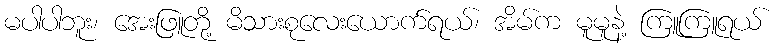
မပါပါဘူး၊ အေးဖြူတို့ မိသားစုလေးယောက်ရယ်၊ အိမ်က မူမူနဲ့ ကြူကြူရယ်